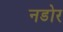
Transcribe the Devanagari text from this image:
नडोर